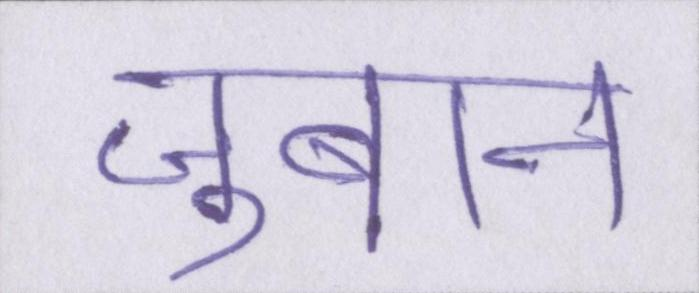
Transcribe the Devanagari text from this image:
जुबान